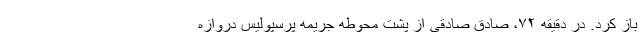
باز کرد. در دقیقه ۷۲، صادق صادقی از پشت محوطه جریمه پرسپولیس دروازه